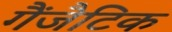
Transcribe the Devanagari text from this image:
गैंजैटिक